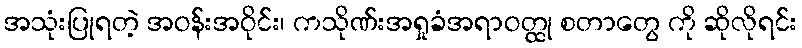
အသုံးပြုရတဲ့ အဝန်းအဝိုင်း၊ ကသိုဏ်းအရှုခံအရာဝတ္ထု စတာတွေ ကို ဆိုလိုရင်း